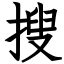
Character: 搜